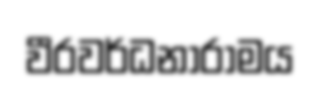
වීරවර්ධනාරාමය